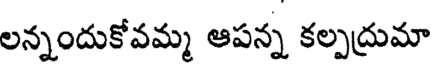
లన్నందుకోవమ్మ ఆపన్న కల్పద్రుమా